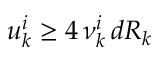
u _ { k } ^ { i } \ge 4 \, \nu _ { k } ^ { i } \, d R _ { k }